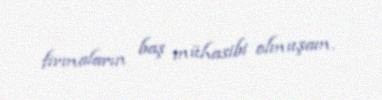
firmaların baş mühasibi olmuşam.